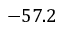
- 5 7 . 2